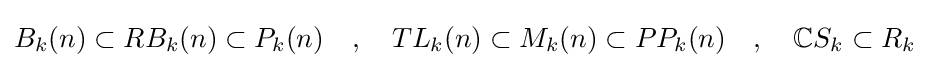
B_{k}(n)\subset RB_{k}(n)\subset P_{k}(n)\quad ,\quad TL_{k}(n)\subset M_{k}(n)\subset PP_{k}(n)\quad ,\quad \mathbb {C} S_{k}\subset R_{k}